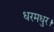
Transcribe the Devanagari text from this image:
धरमधुर।